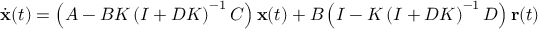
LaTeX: { \dot { \mathbf { x } } } ( t ) = \left( A - B K \left( I + D K \right) ^ { - 1 } C \right) \mathbf { x } ( t ) + B \left( I - K \left( I + D K \right) ^ { - 1 } D \right) \mathbf { r } ( t )